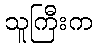
သူကြီးက